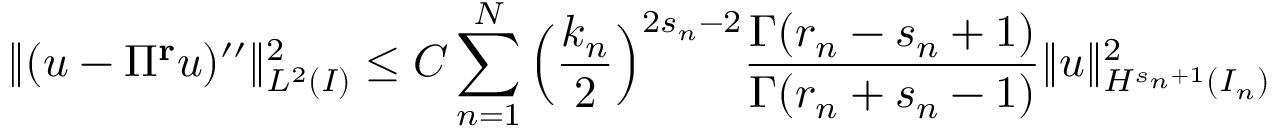
\| ( u - \Pi ^ { \bf { r } } u ) ^ { \prime \prime } \| _ { L ^ { 2 } ( I ) } ^ { 2 } \le C \displaystyle \sum _ { n = 1 } ^ { N } \Big ( \displaystyle \frac { k _ { n } } { 2 } \Big ) ^ { 2 s _ { n } - 2 } \displaystyle \frac { \Gamma ( r _ { n } - s _ { n } + 1 ) } { \Gamma ( r _ { n } + s _ { n } - 1 ) } \| u \| _ { H ^ { s _ { n } + 1 } ( I _ { n } ) } ^ { 2 }